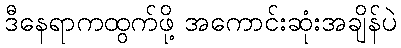
ဒီနေရာကထွက်ဖို့ အကောင်းဆုံးအချိန်ပဲ